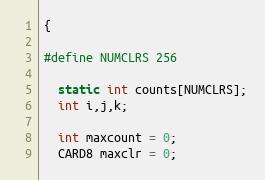
Language: C++
{

#define NUMCLRS 256

  static int counts[NUMCLRS];
  int i,j,k;

  int maxcount = 0;
  CARD8 maxclr = 0;